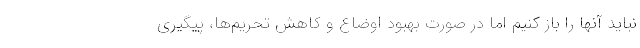
نباید آنها را باز کنیم اما در صورت بهبود اوضاع و کاهش تحریم‌ها، پیگیری